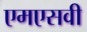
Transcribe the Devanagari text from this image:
एमएसवी